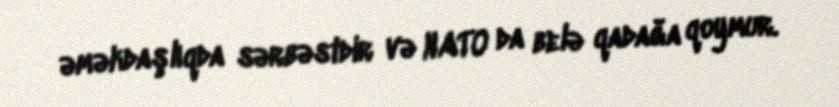
əməkdaşlıqda sərbəstdir və NATO da belə qadağa qoymur.